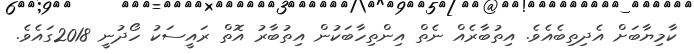
ކާމިޔާބަށް އެދިތިބެއެވެ. އިތުބާރެއް ނެތް އިންތިހާބަކުން އިތުބާރު އޮތް ރައީސަކު ހޯދުނީ 2018ގައެވެ.